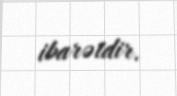
ibarətdir.